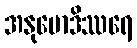
အနုမောဒိဿရေ